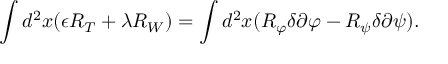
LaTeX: \int d ^ { 2 } x ( \epsilon R _ { T } + \lambda R _ { W } ) = \int d ^ { 2 } x ( R _ { \varphi } \delta \partial \varphi - R _ { \psi } \delta \partial \psi ) .